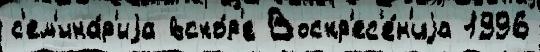
с'ем'ина́р'иjа вско́р'е Воскр'ес'е́н'иjа 1996